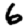
Digit: 6